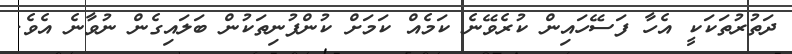
ދަތުރުތަކަކީީ އެހާ ފަސޭހައިން ކުރެވޭނެ ކަމެއް ކަމަށް ކުންފުނިތަކުން ބަލައިގެން ނުވާނެ އެވެ.